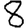
Digit: 8